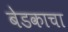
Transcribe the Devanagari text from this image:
बेडकाचा